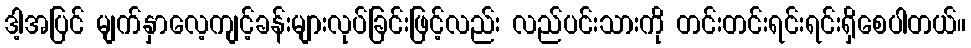
ဒါ့အပြင် မျက်နှာလေ့ကျင့်ခန်းများလုပ်ခြင်းဖြင့်လည်း လည်ပင်းသားကို တင်းတင်းရင်းရင်းရှိစေပါတယ်။